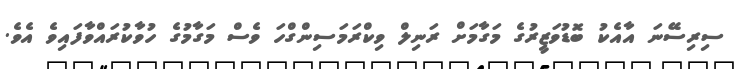
ސިރިސޭނަ އާއެކު ބޮޑުވަޒީރުގެ މަގާމަށް ރަނިލް ވިކްރަމަސިންގްހަ ވެސް މަގާމުގެ ހުވާކުރައްވާފައިވެ އެވެ.